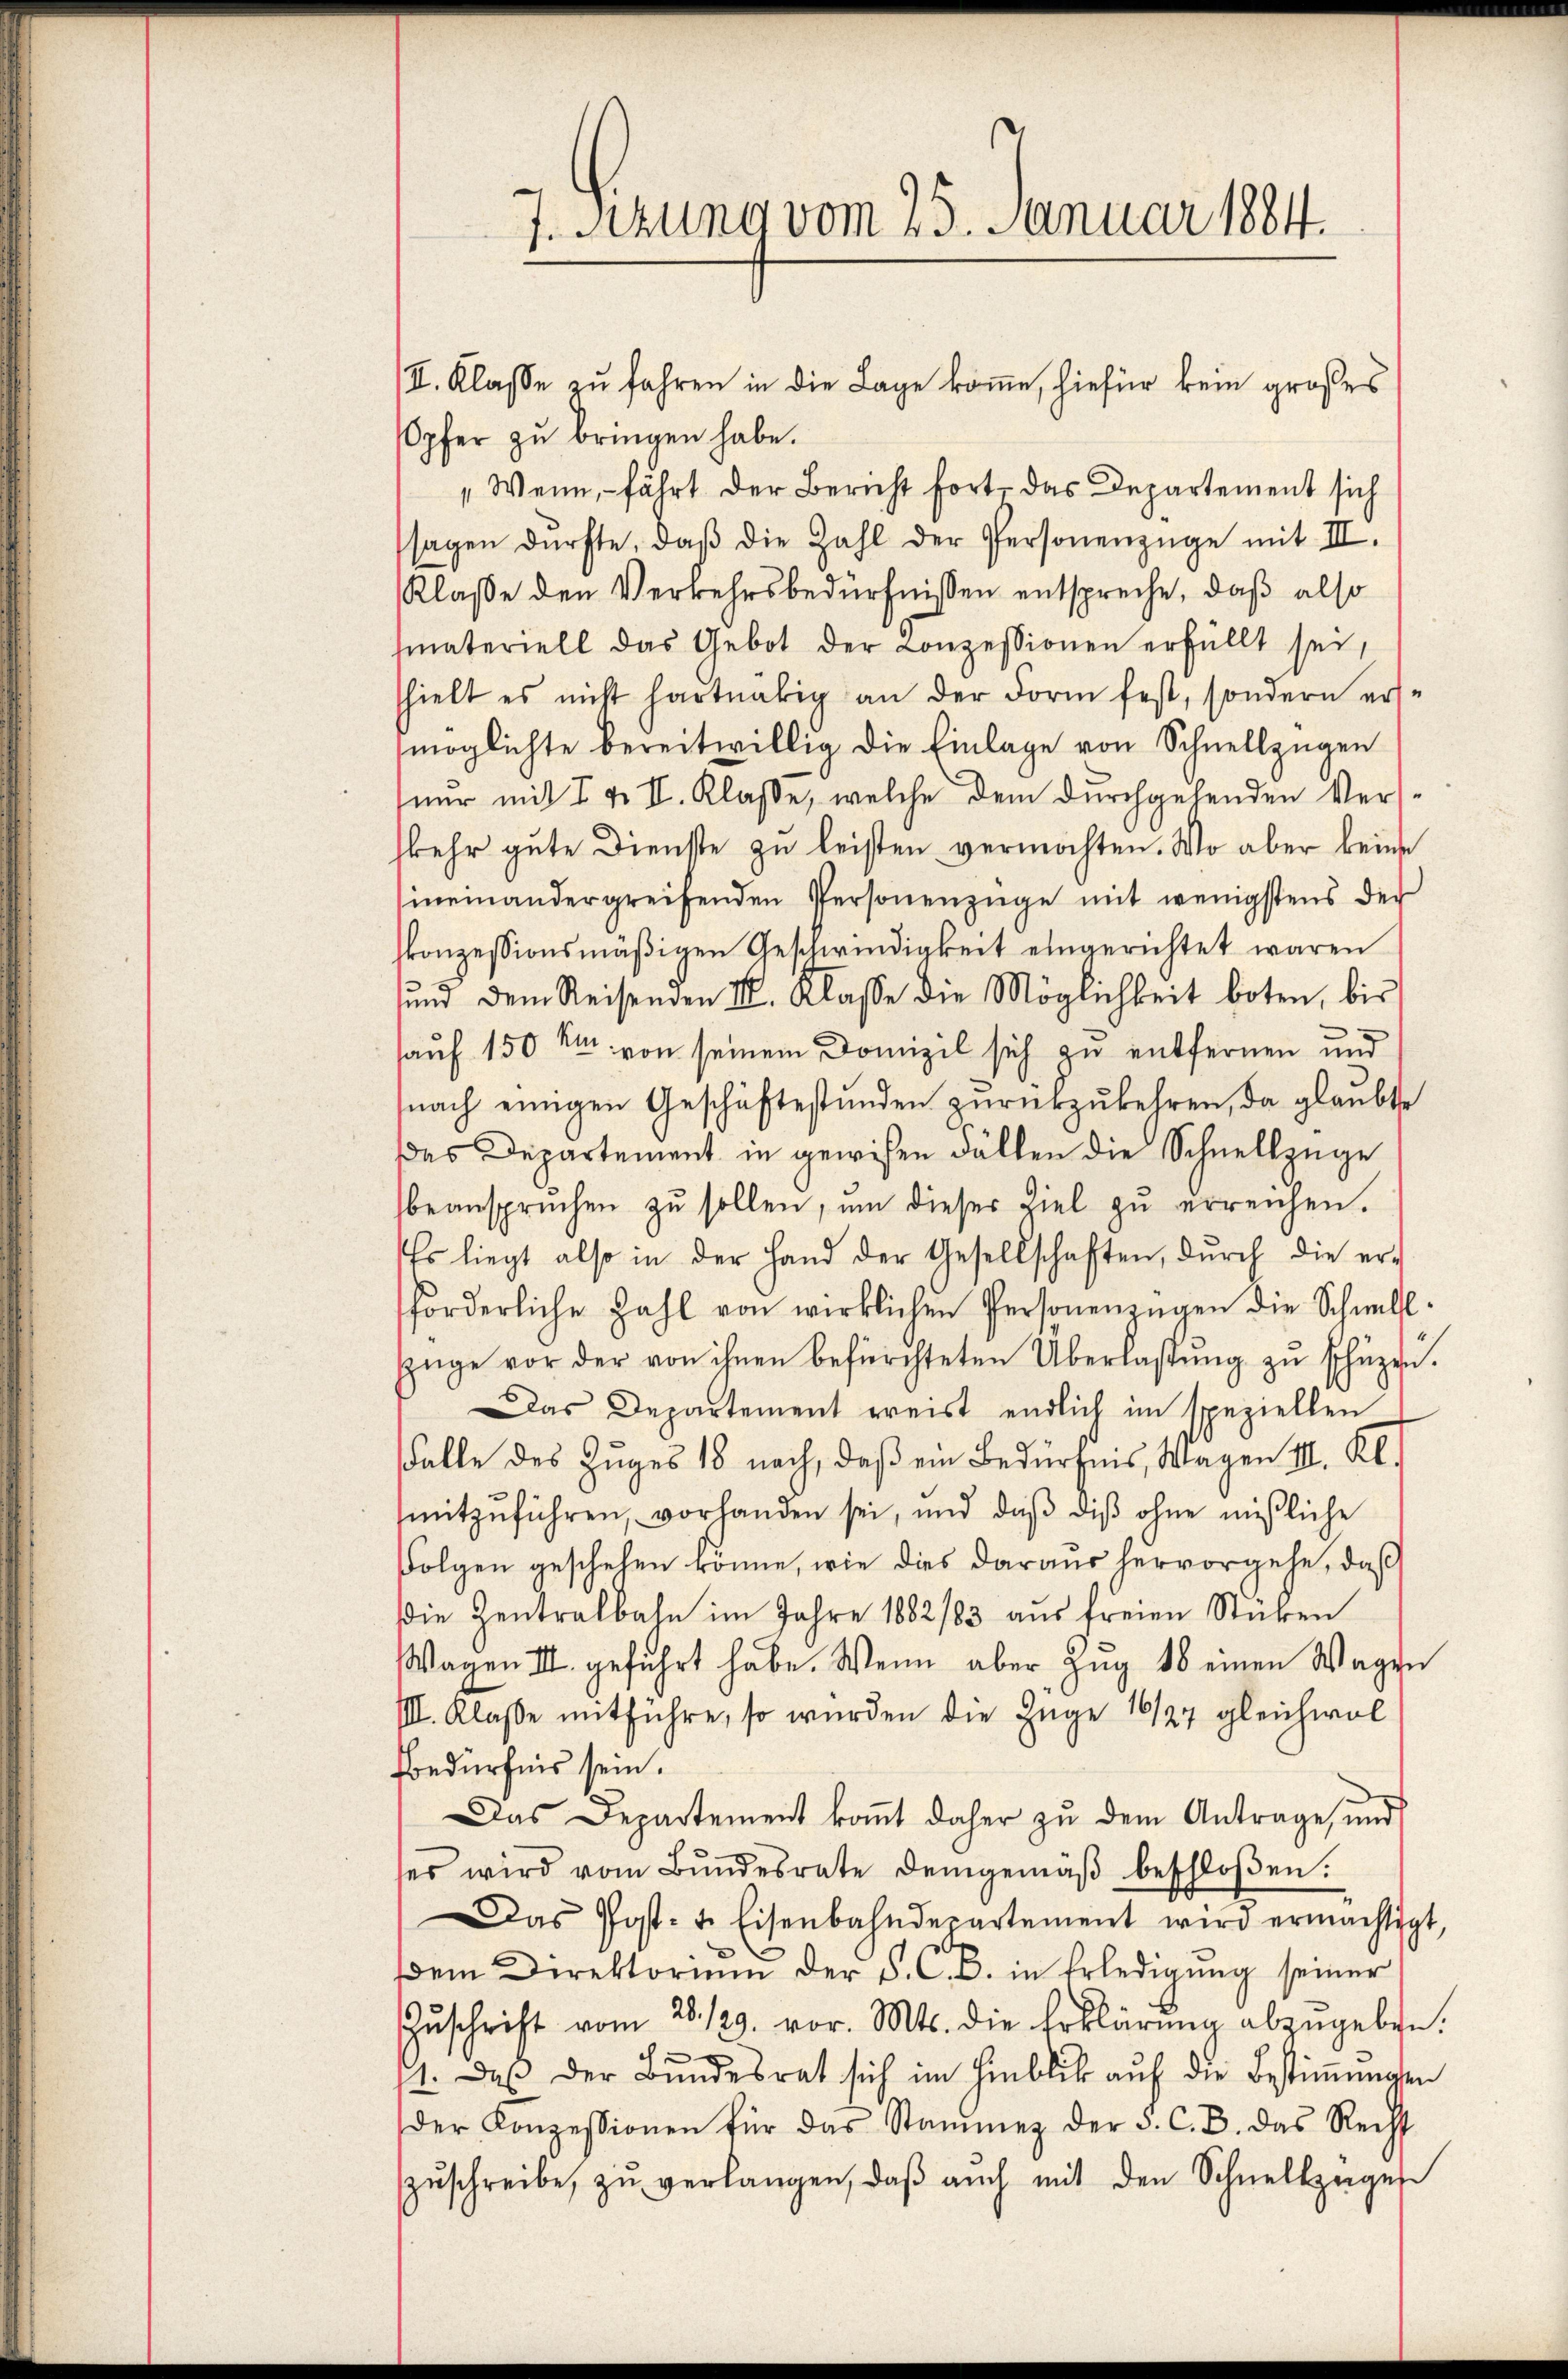
J. Sitzung vom 25. Januar 1884.

II. Klasse zu fahren in die Lage komme, hiefür kein großes
Opfer zu bringen habe.
" Wenn, – fährt der Bericht fort, das Departement sich
sagen dürfte, daβ die Zahl der Personenzüge mit III.
Klaße den Verkehrsbedürfnissen entspreche, daß also
materiell das Gebot der Conzessionen erfüllt sei,
shielt es nicht hartnätig an der Form fest, sondern er-
möglichte bereitwillig die Einlage von Schnellzügen
nur mit I v. II. Klasse, welche dem durchgehenden Versskehr gute Dienste zu leisten vermöchten. Wo aber keine
hineinandergreifenden Personenzüge mit wenigstens der
konzessionsmäßigen Geschwindigkeit eingerichtet waren
ŭnd dem Reisenden I. Klasse die Möglichkeit boten, bis
auf 150 Rt. von seinem Domizil sich zu entfernen und
snach einigen Geschäftestŭnden zŭrückzŭkehren, da glaubte
das Departement in gewisen Fällen die Schnellzüge
beansprüchen zŭ sollen, ŭm dieser Ziel zŭ erreichen.
Es liegt also in der Hand der Gesellschaften, dŭrch die er-
förderliche Zahl von wirklichen Personenzügen die Schnell
Züge vor der von ihnen befürchteten Überlaβŭng zŭ schüzen.
Das Departement ereist endlich im speziellen
alle des Zuges 18 nach, daβ ein Bedürfnis, Wagen II. Kl.
mitzŭführen, vorhanden sei, und daβ diβ ohne mißliche
Folgen geschehen könne, wie dies daraus hervorgehe, daß
die Zentralbahn im Jahre 1882/83 aus freien Stücken
Wagen II geführt habe. Wenn aber Zug 18 einen Wagen
IIII. Klasse mitführe, so würden die Züge 16/27 gleichwol
Bedürfnis sein.
Das Departement koṁt daher zŭ dem Antrage, und
ses wird vom Bŭndesrate demgemäβ beschloßen:
Das Post- u. Eisenbahndepartement wird ermächtigt,
dem Direktorium der F. C. B. in Erledigŭng seiner
Zŭschrift vom 28./29. vor. Mts. die Erklärŭng abzŭgeben.
ch
e
1. daβ der Bŭndesrat sich im Hinblick auf die Bestiṁŭngen
der Konzessionen für das Stammen der 3. C. B. das Recht
zŭschreibe, zŭ verlangen, daβ aŭch mit den Schnellzügen